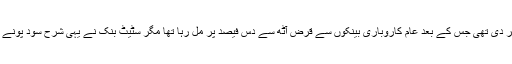
اسحاق ڈار کے دور میں کاروبار کرنے کے لئے سٹیٹ بنک نے قرضوں پر شرح سود پونے چھ فیصد پر کر دی تھی جس کے بعد عام کاروباری بینکوں سے قرض آٹھ سے دس فیصد پر مل رہا تھا مگر سٹیٹ بنک نے یہی شرح سود پونے گیارہ فیصد تک بڑھا دی ہے جس کے بعد عام قرض پر سود کی شرح 16فیصد سے بھی آگے جا رہی ہے۔